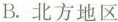
B. 北方地区